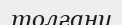
толғану